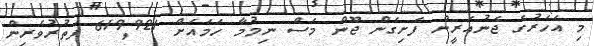
މި އަހަރުގެ ޖެނުއަރީން ފެށިގެން ޖޫން މަސް ނިމުމާ ހަމައަށް 619